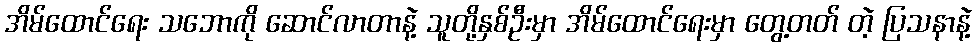
အိမ်ထောင်ရေး သဘောကို ဆောင်လာတာနဲ့ သူတို့နှစ်ဦးမှာ အိမ်ထောင်ရေးမှာ တွေ့တတ် တဲ့ ပြသနာနဲ့